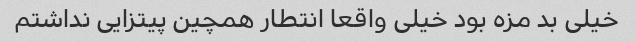
خیلی بد مزه بود خیلی واقعا انتطار همچین پیتزایی نداشتم